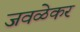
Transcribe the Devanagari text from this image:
जवळेकर